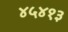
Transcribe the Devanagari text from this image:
४५४१३